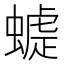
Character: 𧐪